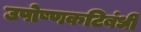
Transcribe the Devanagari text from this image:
उपोष्णकटिबंधी